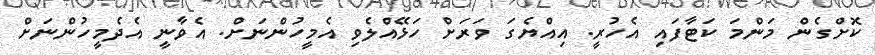
ކޮށްގެން މަންމަ ކަޓާފައި އެހުރީ. އިއްޔެގަ ވަރަށް ހަޅޭއްލެވި އެމީހުންނަށް. އެވާނީ އެދެމީހުންނަށް